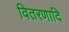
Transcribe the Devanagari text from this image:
वितरणादि